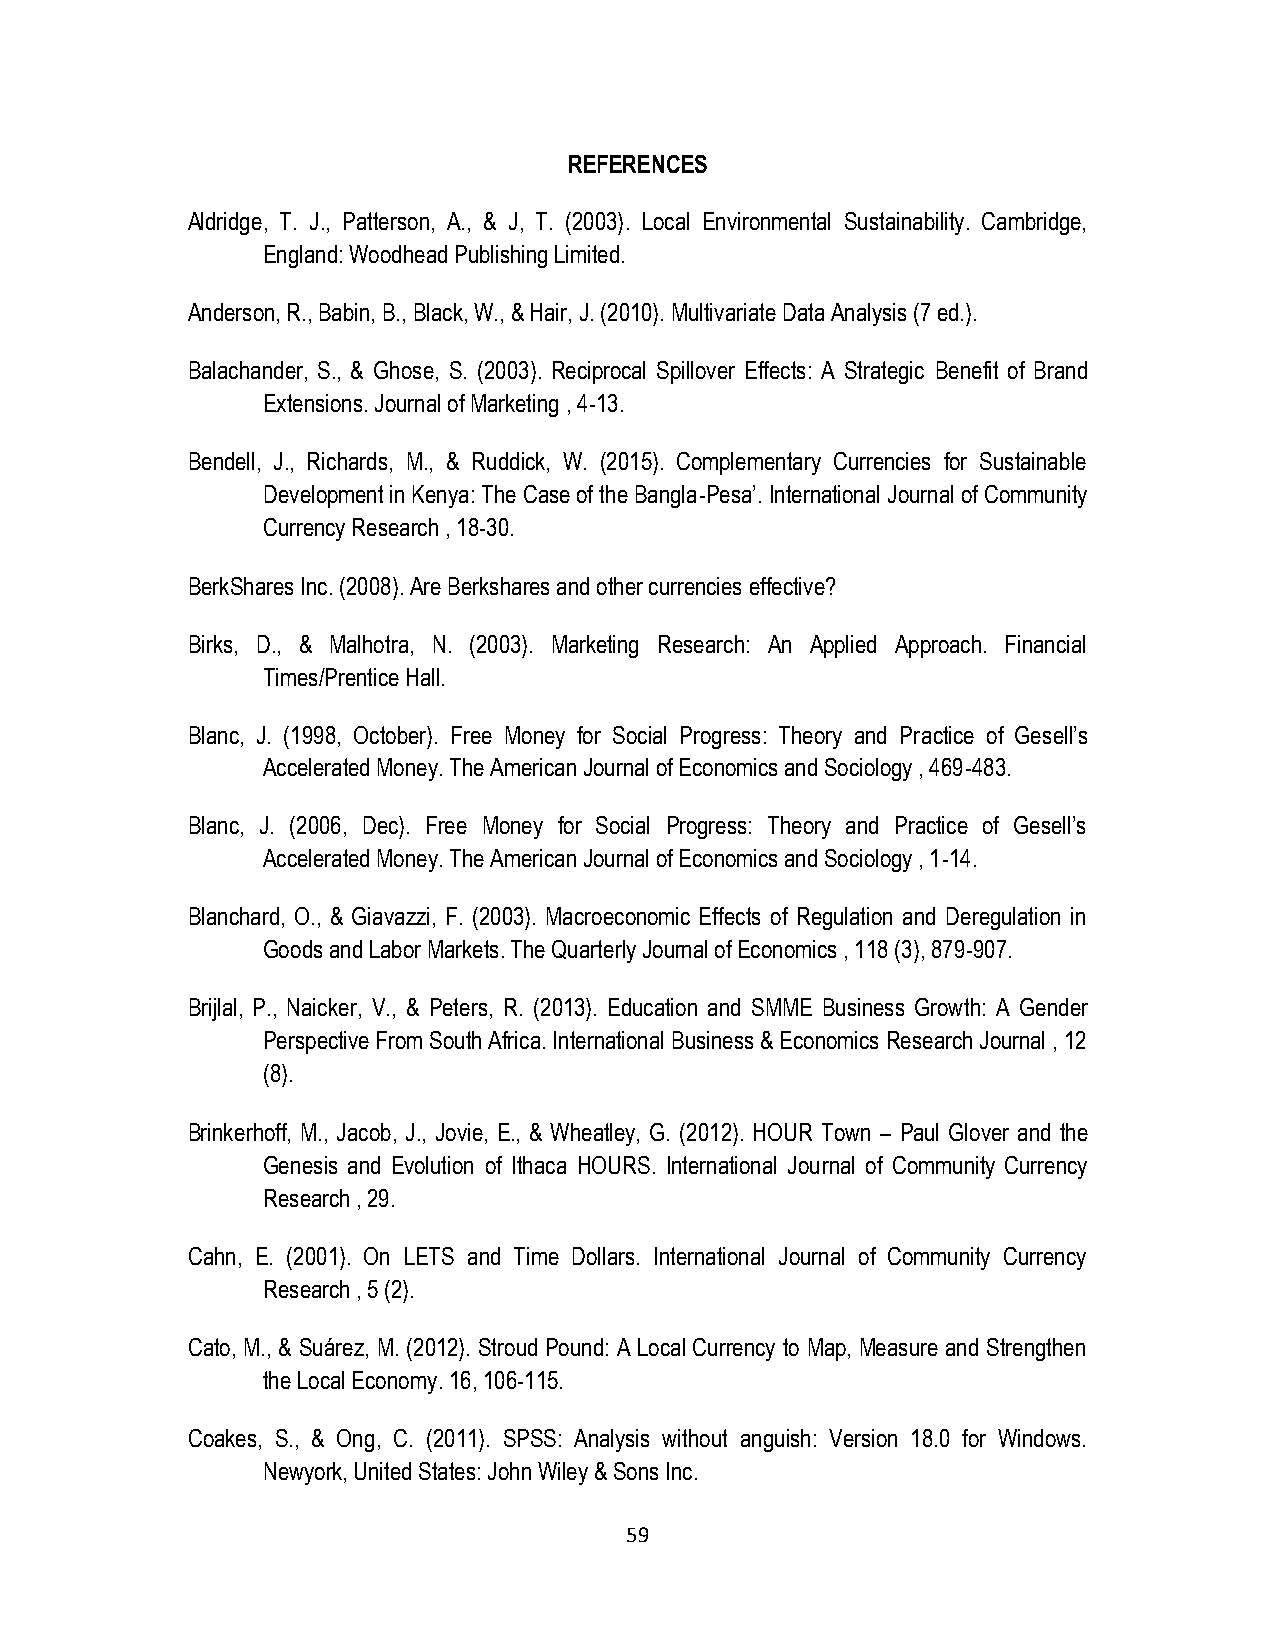
REFERENCES
 Aldridge, T. J., Patterson, A., & J, T. (2003). Local Environmental Sustainability. Cambridge,
 England: Woodhead Publishing Limited.
 Anderson, R., Babin, B., Black, W., & Hair, J. (2010). Multivariate Data Analysis (7 ed.).
 Balachander, S., & Ghose, S. (2003). Reciprocal Spillover Effects: A Strategic Benefit of Brand
 Extensions. Journal of Marketing , 4-13.
 Bendell, J., Richards, M., & Ruddick, W. (2015). Complementary Currencies for Sustainable
 Development in Kenya: The Case of the Bangla-Pesa‟. International Journal of Community
 Currency Research , 18-30.
 BerkShares Inc. (2008). Are Berkshares and other currencies effective?
 Birks, D., & Malhotra, N. (2003). Marketing Research: An Applied Approach. Financial
 Times/Prentice Hall.
 Blanc, J. (1998, October). Free Money for Social Progress: Theory and Practice of Gesell‟s
 Accelerated Money. The American Journal of Economics and Sociology , 469-483.
 Blanc, J. (2006, Dec). Free Money for Social Progress: Theory and Practice of Gesell‟s
 Accelerated Money. The American Journal of Economics and Sociology , 1-14.
 Blanchard, O., & Giavazzi, F. (2003). Macroeconomic Effects of Regulation and Deregulation in
 Goods and Labor Markets. The Quarterly Journal of Economics , 118 (3), 879-907.
 Brijlal, P., Naicker, V., & Peters, R. (2013). Education and SMME Business Growth: A Gender
 Perspective From South Africa. International Business & Economics Research Journal , 12
 (8).
 Brinkerhoff, M., Jacob, J., Jovie, E., & Wheatley, G. (2012). HOUR Town – Paul Glover and the
 Genesis and Evolution of Ithaca HOURS. International Journal of Community Currency
 Research , 29.
 Cahn, E. (2001). On LETS and Time Dollars. International Journal of Community Currency
 Research , 5 (2).
 Cato, M., & Suárez, M. (2012). Stroud Pound: A Local Currency to Map, Measure and Strengthen
 the Local Economy. 16, 106-115.
 Coakes, S., & Ong, C. (2011). SPSS: Analysis without anguish: Version 18.0 for Windows.
 Newyork, United States: John Wiley & Sons Inc.
 59